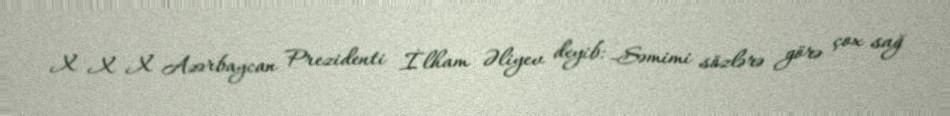
X X X Azərbaycan Prezidenti İlham Əliyev deyib: -Səmimi sözlərə görə çox sağ